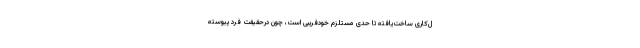
ل‌کاری ساخت‌یافته تا حدی مستلزم خودفریبی است، چون درحقیقت فرد پیوسته